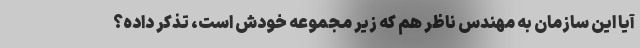
آیا این سازمان به مهندس ناظر هم که زیر مجموعه خودش است، تذکر داده؟